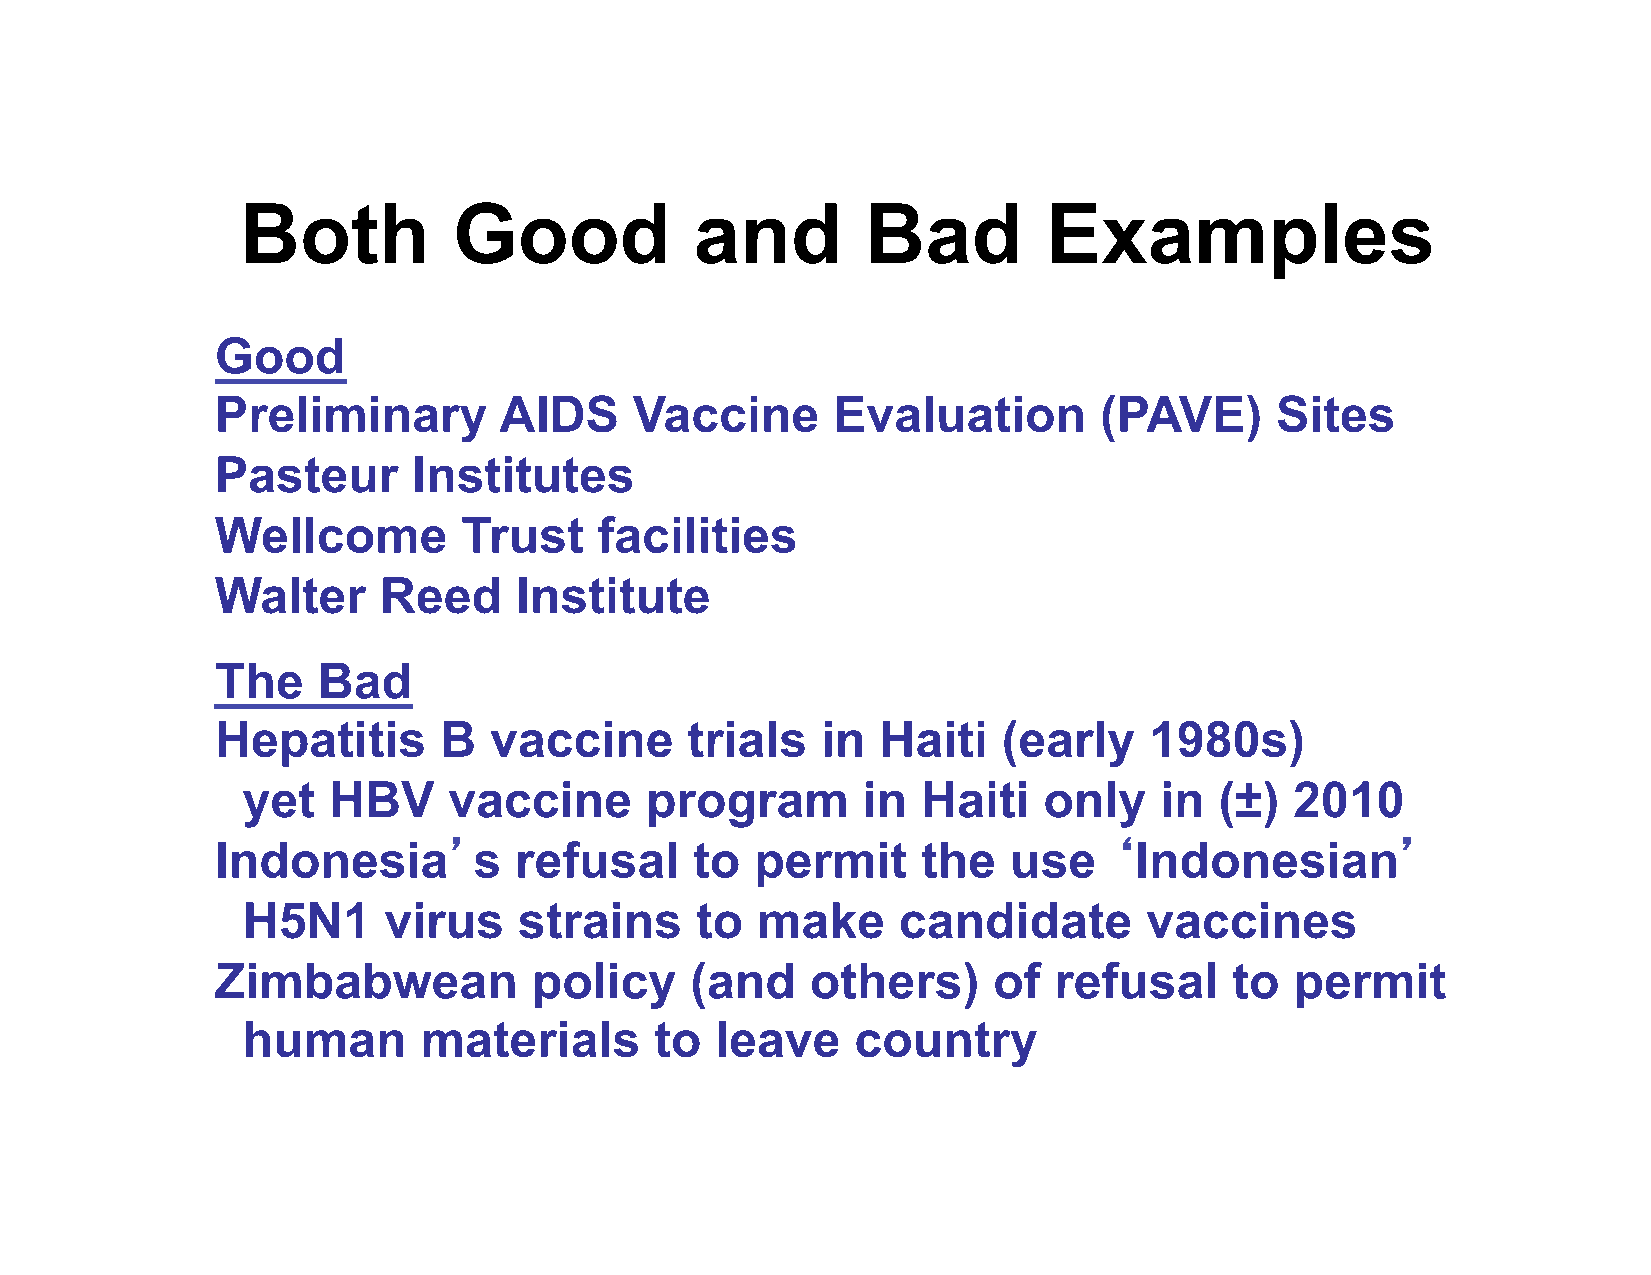
Both          Good            and        Bad         Examples
 Good
 Preliminary        AIDS     Vaccine      Evaluation        (PAVE)     Sites
 Pasteur      Institutes
 Wellcome         Trust    facilities
 Walter     Reed     Institute
 The    Bad
 Hepatitis      B  vaccine      trials   in  Haiti   (early    1980s)
 yet   HBV     vaccine      program       in  Haiti   only    in  (±)  2010
 Indonesia’s         refusal     to  permit     the   use   ‘Indonesian’
 H5N1     virus    strains     to  make     candidate        vaccines
 Zimbabwean           policy     (and    others)     of  refusal     to  permit
 human       materials      to  leave     country